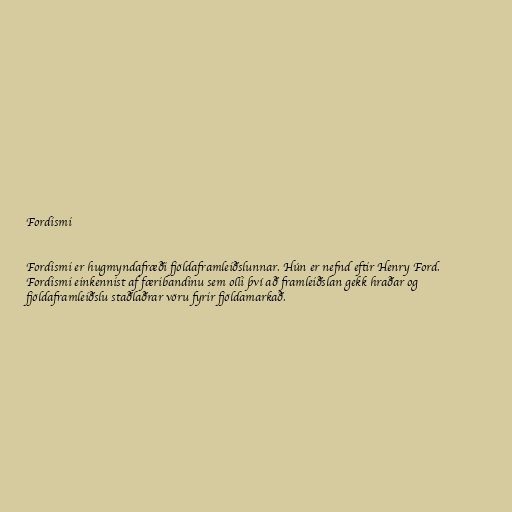
Fordismi

Fordismi er hugmyndafræði fjöldaframleiðslunnar. Hún er nefnd eftir Henry Ford.
Fordismi einkennist af færibandinu sem olli því að framleiðslan gekk hraðar og
fjöldaframleiðslu staðlaðrar vöru fyrir fjöldamarkað.